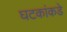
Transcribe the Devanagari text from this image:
घटकांकडे